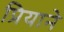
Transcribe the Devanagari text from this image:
प्रियाने